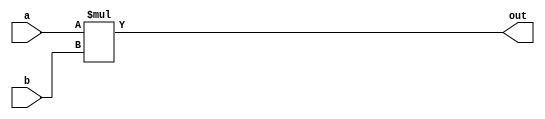
`timescale 1ns / 1ps
//////////////////////////////////////////////////////////////////////////////////
// Company: 
// Engineer: 
// 
// Design Name: 
// Module Name:    mul 
// Project Name: 
// Target Devices: 
// Tool versions: 
// Description: 
//
// Dependencies: 
//
// Revision: 
// Revision 0.01 - File Created
// Additional Comments: 
//
//////////////////////////////////////////////////////////////////////////////////
module mul #(parameter N=8)(
    input [N-1:0] a,
    input [N-1:0] b,
    output [2*N-1:0] out
    );

assign out = a * b;

endmodule